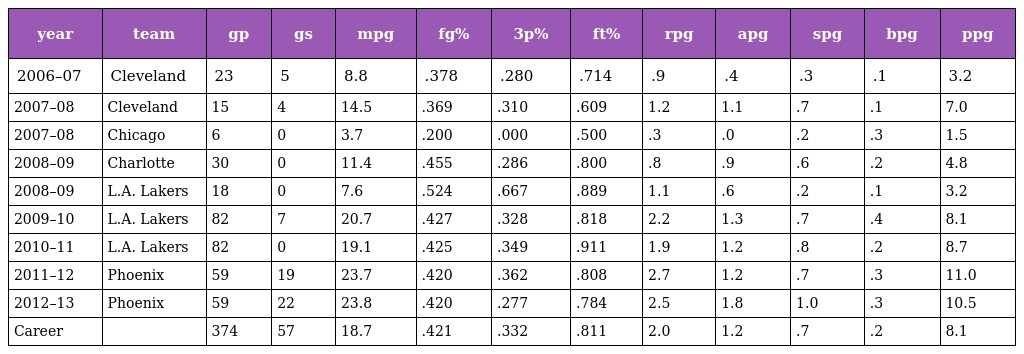
| year | team | gp | gs | mpg | fg% | 3p% | ft% | rpg | apg | spg | bpg | ppg |
 | --- | --- | --- | --- | --- | --- | --- | --- | --- | --- | --- | --- | --- |
 | 2006–07 | Cleveland | 23 | 5 | 8.8 | .378 | .280 | .714 | .9 | .4 | .3 | .1 | 3.2 |
 | 2007–08 | Cleveland | 15 | 4 | 14.5 | .369 | .310 | .609 | 1.2 | 1.1 | .7 | .1 | 7.0 |
 | 2007–08 | Chicago | 6 | 0 | 3.7 | .200 | .000 | .500 | .3 | .0 | .2 | .3 | 1.5 |
 | 2008–09 | Charlotte | 30 | 0 | 11.4 | .455 | .286 | .800 | .8 | .9 | .6 | .2 | 4.8 |
 | 2008–09 | L.A. Lakers | 18 | 0 | 7.6 | .524 | .667 | .889 | 1.1 | .6 | .2 | .1 | 3.2 |
 | 2009–10 | L.A. Lakers | 82 | 7 | 20.7 | .427 | .328 | .818 | 2.2 | 1.3 | .7 | .4 | 8.1 |
 | 2010–11 | L.A. Lakers | 82 | 0 | 19.1 | .425 | .349 | .911 | 1.9 | 1.2 | .8 | .2 | 8.7 |
 | 2011–12 | Phoenix | 59 | 19 | 23.7 | .420 | .362 | .808 | 2.7 | 1.2 | .7 | .3 | 11.0 |
 | 2012–13 | Phoenix | 59 | 22 | 23.8 | .420 | .277 | .784 | 2.5 | 1.8 | 1.0 | .3 | 10.5 |
 | Career |  | 374 | 57 | 18.7 | .421 | .332 | .811 | 2.0 | 1.2 | .7 | .2 | 8.1 |